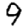
Digit: 9